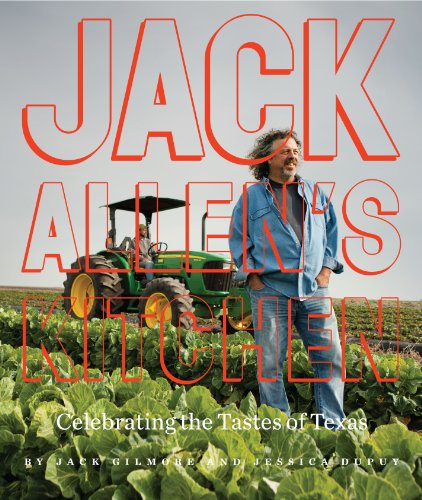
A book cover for Jack Allen's Kitchen: Celebrating the Tastes of Texas; Jack Gilmore; Cookbooks, Food & Wine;